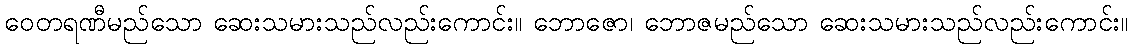
ဝေတရဏီမည်သော ဆေးသမားသည်လည်းကောင်း။ ဘောဇော၊ ဘောဇမည်သော ဆေးသမားသည်လည်းကောင်း။